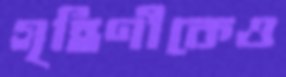
গৃহিণীকেও